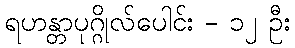
ရဟန္တာပုဂ္ဂိုလ်ပေါင်း - ၁၂ ဦး